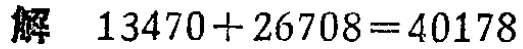
解 \(13470 + 26708 = 40178\)